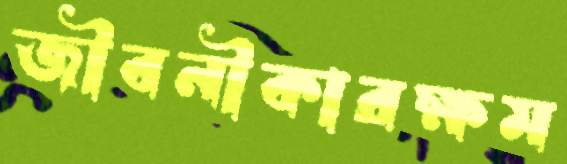
জীবনীকারক্ষম